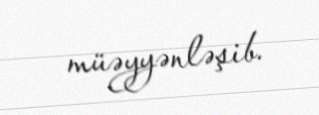
müəyyənləşib.